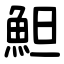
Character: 䱇